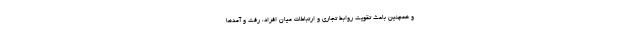
و همچنین باعث تقویت روابط تجاری و ارتباطات میان افراد، رفت و آمدها